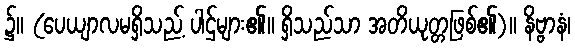
၌။ (ပေယျာလမရှိသည့် ပါဌ်များ၏။ ရှိသည်သာ အတိယုတ္တဖြစ်၏)။ နိဗ္ဗာနံ၊